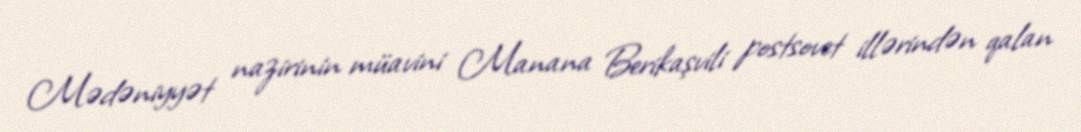
Mədəniyyət nazirinin müavini Manana Berikaşvili postsovet illərindən qalan